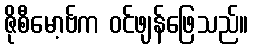
ဇိုစီမော့ဗ်က ဝင်ဖျန်ဖြေသည်။